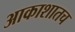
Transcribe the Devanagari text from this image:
आकाशातच